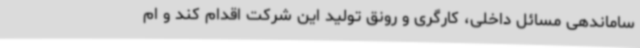
ساماندهی مسائل داخلی، کارگری و رونق تولید این شرکت اقدام کند و ام